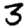
Digit: 3